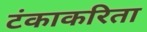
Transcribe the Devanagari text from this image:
टंकाकरिता